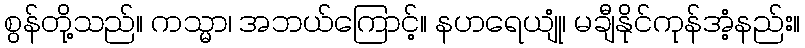
စွန်တို့သည်။ ကသ္မာ၊ အဘယ်ကြောင့်။ နဟရေယျုံ၊ မချီနိုင်ကုန်အံ့နည်း။